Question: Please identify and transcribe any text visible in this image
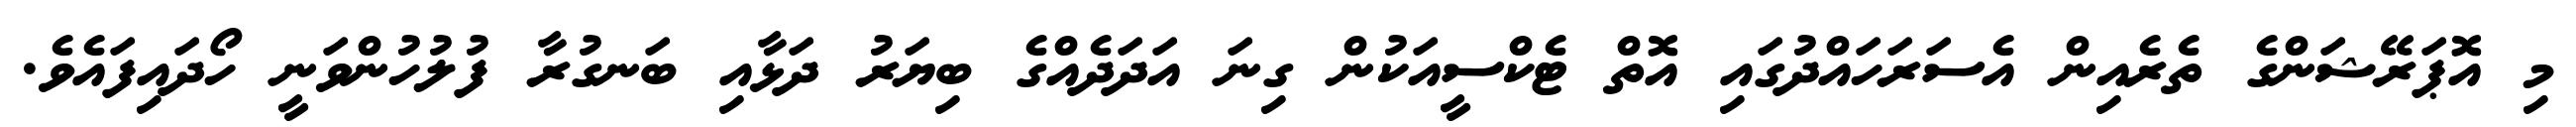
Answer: މި އޮޕަރޭޝަންގެ ތެރެއިން އެސަރަހައްދުގައި އޮތް ޓެކްސީއަކުން ގިނަ އަދަދެއްގެ ބިޔަރު ދަޅާއި ބަނގުރާ ފުލުހުންވަނީ ހޯދައިފައެވެ.